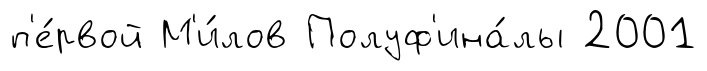
п'е́рвой М'и́лов Полуф'ина́лы 2001